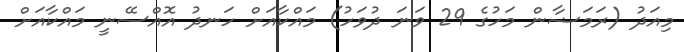
މިއަދު (ރަމަޟާން މަހުގެ 29 ވަނަ ދުވަހު) މައްކާއަށް ހަނދު އޮއްސޭނީ މައްކާއަށް